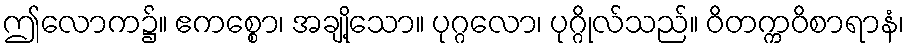
ဤလောက၌။ ဧကစ္စော၊ အချို့သော။ ပုဂ္ဂလော၊ ပုဂ္ဂိုလ်သည်။ ဝိတက္ကဝိစာရာနံ၊